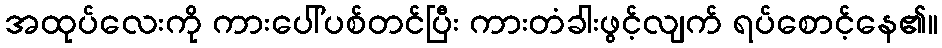
အထုပ်လေးကို ကားပေါ်ပစ်တင်ပြီး ကားတံခါးဖွင့်လျက် ရပ်စောင့်နေ၏။